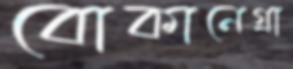
বোকানেগ্রা